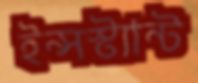
ইন্সস্ট্যান্ট